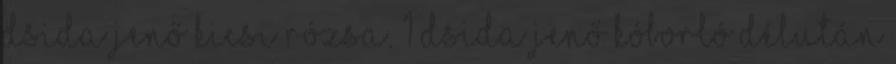
Dsida Jenő Kicsi rózsa. 1 Dsida Jenő KÓBORLÓ DÉLUTÁN